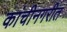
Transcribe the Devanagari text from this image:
कांचीनगरीत